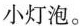
小灯泡。